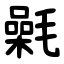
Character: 氉